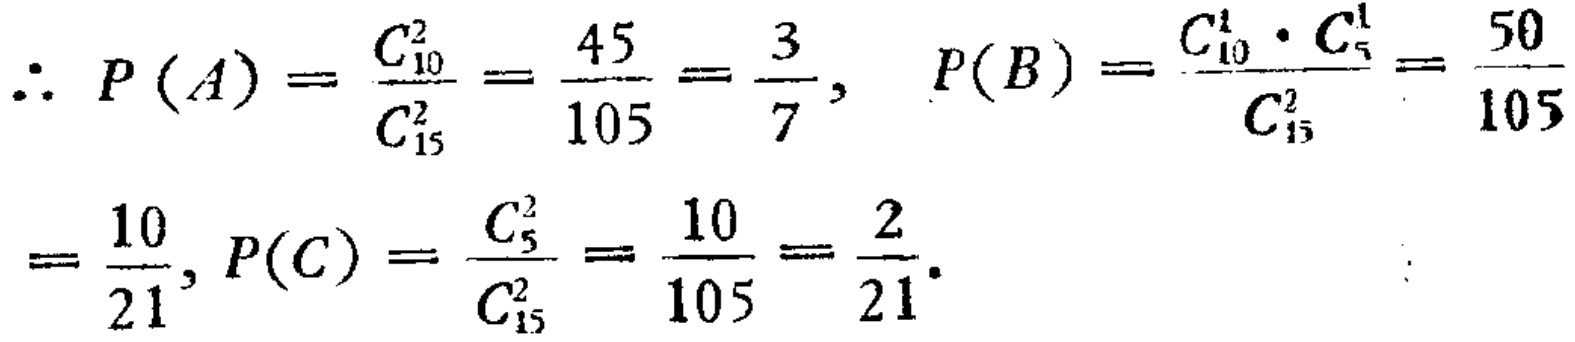
\(\therefore P(A)=\frac{C_{10}^2}{C_{15}^2}=\frac{45}{105}=\frac{3}{7}, \quad P(B)=\frac{C_{10}^1\cdot C_{5}^1}{C_{15}^2}=\frac{50}{105}=\frac{10}{21}, P(C)=\frac{C_{5}^2}{C_{15}^2}=\frac{10}{105}=\frac{2}{21}\)